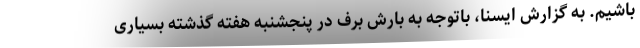
باشیم. به گزارش ایسنا، باتوجه به بارش برف در پنجشنبه هفته گذشته بسیاری